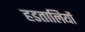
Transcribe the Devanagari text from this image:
हडतालियों